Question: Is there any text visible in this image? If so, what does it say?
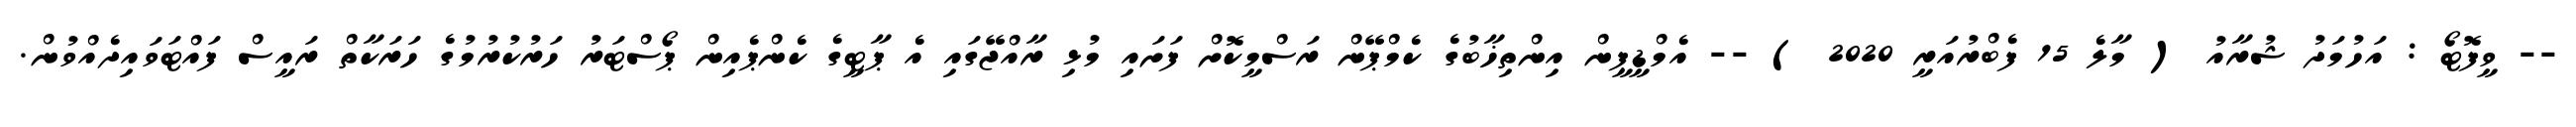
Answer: -- ވީފޮޓޯ : އަހުމަދު ޝުރާއު ( މާލެ 15 ފެބްރުއަރީ 2020 ) -- އެމްޑީޕީން އިންތިޚާބުގެ ކެމްޕޭން ރަސްމީކޮށް ފަށައި މުޅި ރާއްޖޭގައި އެ ޕާޓީގެ ކެންޕެއިން ޕޯސްޓަރު ހަރުކުރުމުގެ ހަރަކާތް ރައީސް ފައްޓަވައިދެއްވުން.